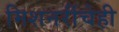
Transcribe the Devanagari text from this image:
मिशनरींचेही